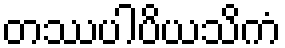
တဿပါပိယသိကံ